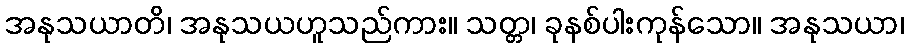
အနုသယာတိ၊ အနုသယဟူသည်ကား။ သတ္တ၊ ခုနစ်ပါးကုန်သော။ အနုသယာ၊